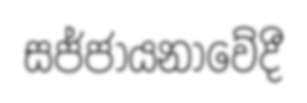
සජ්ජායනාවේදී